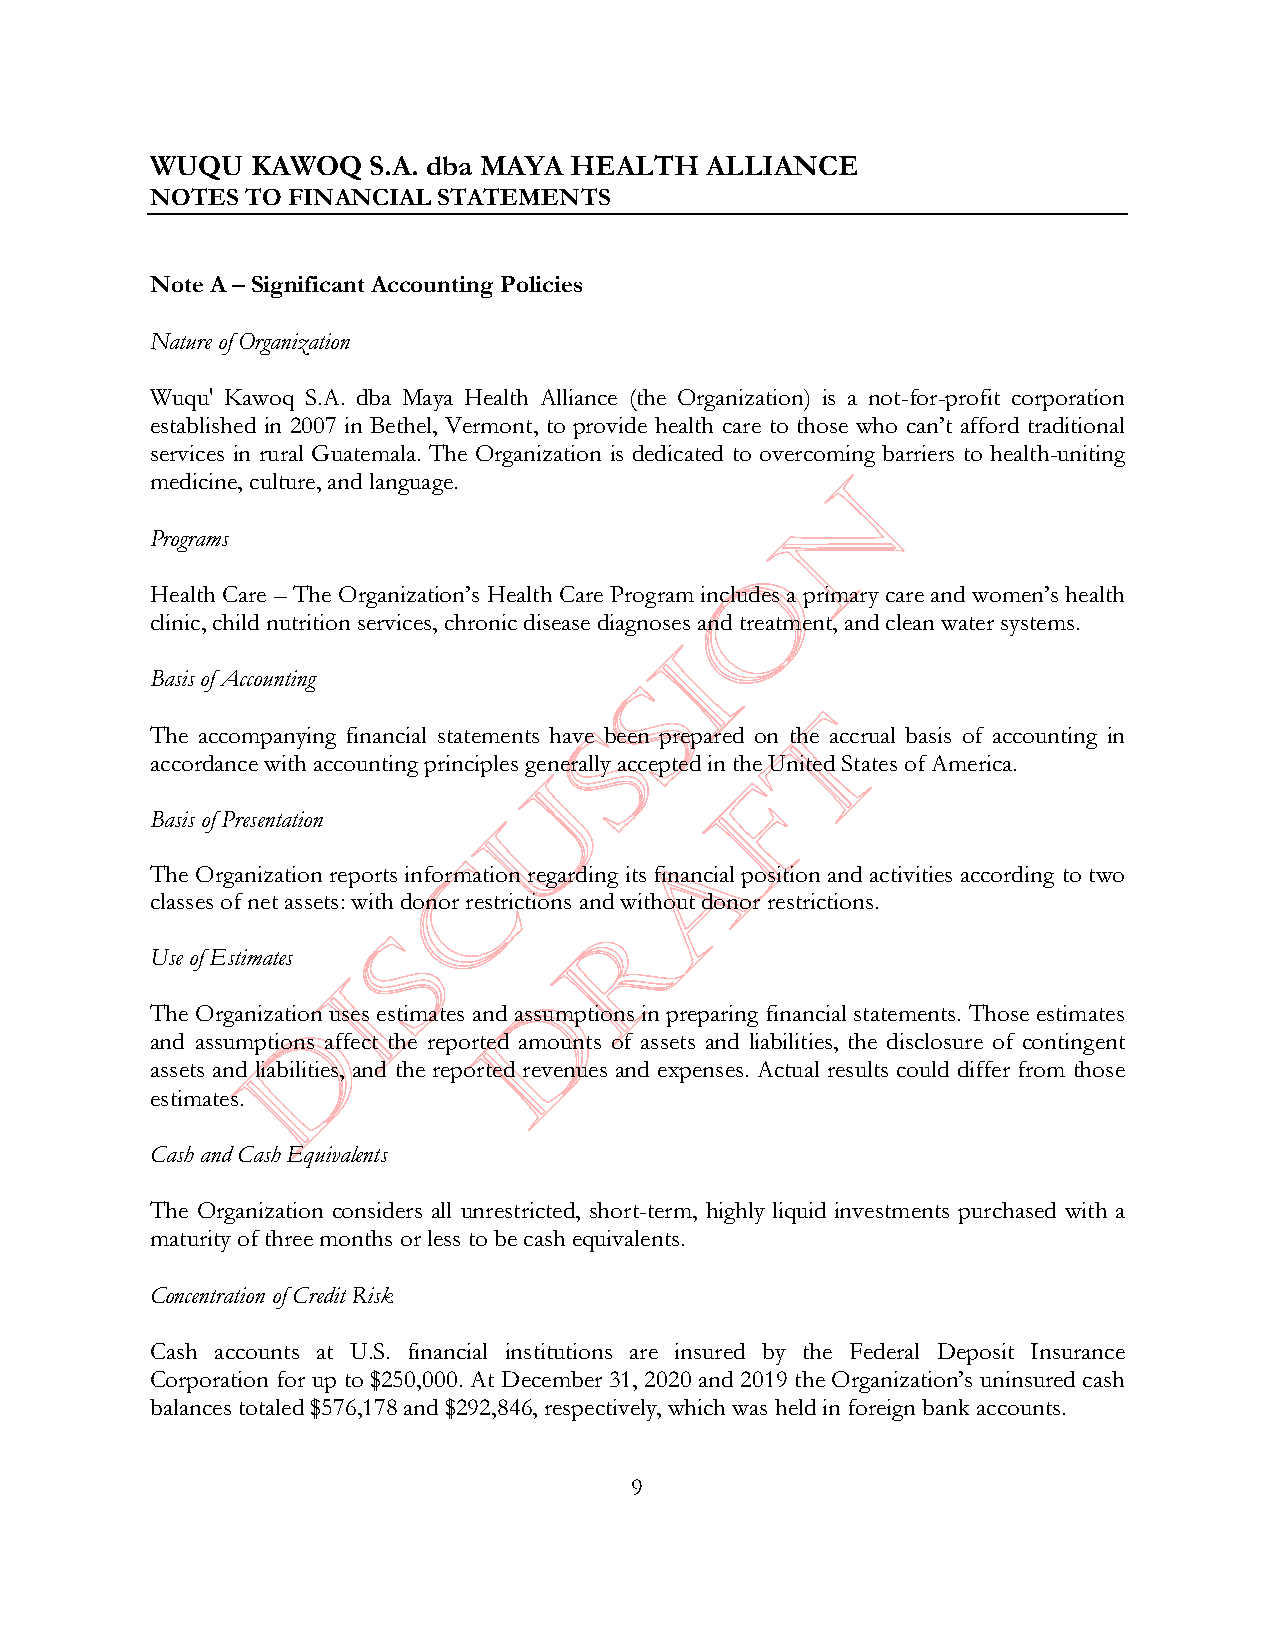
WUQU   KAWOQ  S.A. dba MAYA HEALTH   ALLIANCE
 NOTES TO FINANCIAL STATEMENTS
 Note A –Significant Accounting Policies
 Nature of Organization
 Wuqu' Kawoq S.A. dba Maya Health Alliance (the Organization) is a not-for-profit corporation
 established in 2007 in Bethel, Vermont, to provide health care to those who can’t afford traditional
 services in rural Guatemala. The Organization is dedicated to overcoming barriers to health-uniting
 medicine, culture, and language.
 Programs
 Health Care – The Organization’s Health Care Program includes a primary care and women’s health
 clinic, child nutrition services, chronic disease diagnoses and treatment, and clean water systems.
 Basis of Accounting
 The accompanying financial statements have been prepared on the accrual basis of accounting in
 accordance with accounting principles generally accepted in the United States of America.
 Basis of Presentation
 The Organization reports information regarding its financial position and activities according to two
 classes of net assets: with donor restrictions and without donor restrictions.
 Use of Estimates
 The Organization uses estimates and assumptions in preparing financial statements. Those estimates
 and assumptions affect the reported amounts of assets and liabilities, the disclosure of contingent
 assets and liabilities, and the reported revenues and expenses. Actual results could differ from those
 estimates.
 Cash and Cash Equivalents
 The Organization considers all unrestricted, short-term, highly liquid investments purchased with a
 maturity of three months or less to be cash equivalents.
 Concentration of Credit Risk
 Cash accounts at U.S. financial institutions are insured by the Federal Deposit Insurance
 Corporation for up to $250,000. At December 31, 2020 and 2019 the Organization’s uninsured cash
 balances totaled$576,178and $292,846, respectively, which was held in foreign bank accounts.
 9